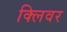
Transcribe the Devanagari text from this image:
क्लिवर